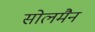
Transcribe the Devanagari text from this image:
सोलमैन